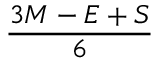
\frac { 3 M - E + S } { 6 }